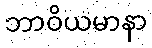
ဘာဝိယမာနာ